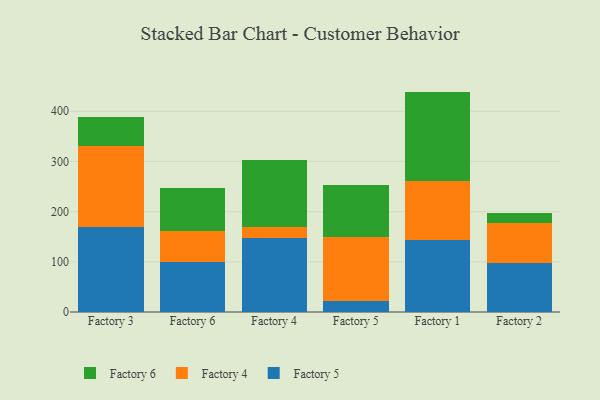
{"axis": {"x": "Factory", "y": "Operating Costs (USD K)"}, "legend": ["Factory 4", "Factory 5", "Factory 6"], "data": [{"x": "Factory 3", "y": 170.3, "type": "Factory 5"}, {"x": "Factory 3", "y": 160.3, "type": "Factory 4"}, {"x": "Factory 3", "y": 58.0, "type": "Factory 6"}, {"x": "Factory 6", "y": 99.6, "type": "Factory 5"}, {"x": "Factory 6", "y": 61.2, "type": "Factory 4"}, {"x": "Factory 6", "y": 85.5, "type": "Factory 6"}, {"x": "Factory 4", "y": 148.3, "type": "Factory 5"}, {"x": "Factory 4", "y": 21.1, "type": "Factory 4"}, {"x": "Factory 4", "y": 133.4, "type": "Factory 6"}, {"x": "Factory 5", "y": 22.6, "type": "Factory 5"}, {"x": "Factory 5", "y": 127.0, "type": "Factory 4"}, {"x": "Factory 5", "y": 103.2, "type": "Factory 6"}, {"x": "Factory 1", "y": 142.5, "type": "Factory 5"}, {"x": "Factory 1", "y": 118.1, "type": "Factory 4"}, {"x": "Factory 1", "y": 178.6, "type": "Factory 6"}, {"x": "Factory 2", "y": 98.3, "type": "Factory 5"}, {"x": "Factory 2", "y": 78.9, "type": "Factory 4"}, {"x": "Factory 2", "y": 20.9, "type": "Factory 6"}]}